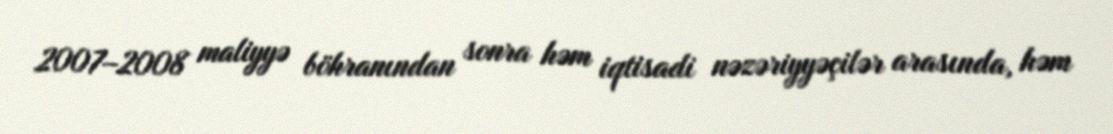
2007–2008 maliyyə böhranından sonra həm iqtisadi nəzəriyyəçilər arasında, həm